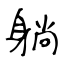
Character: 躺